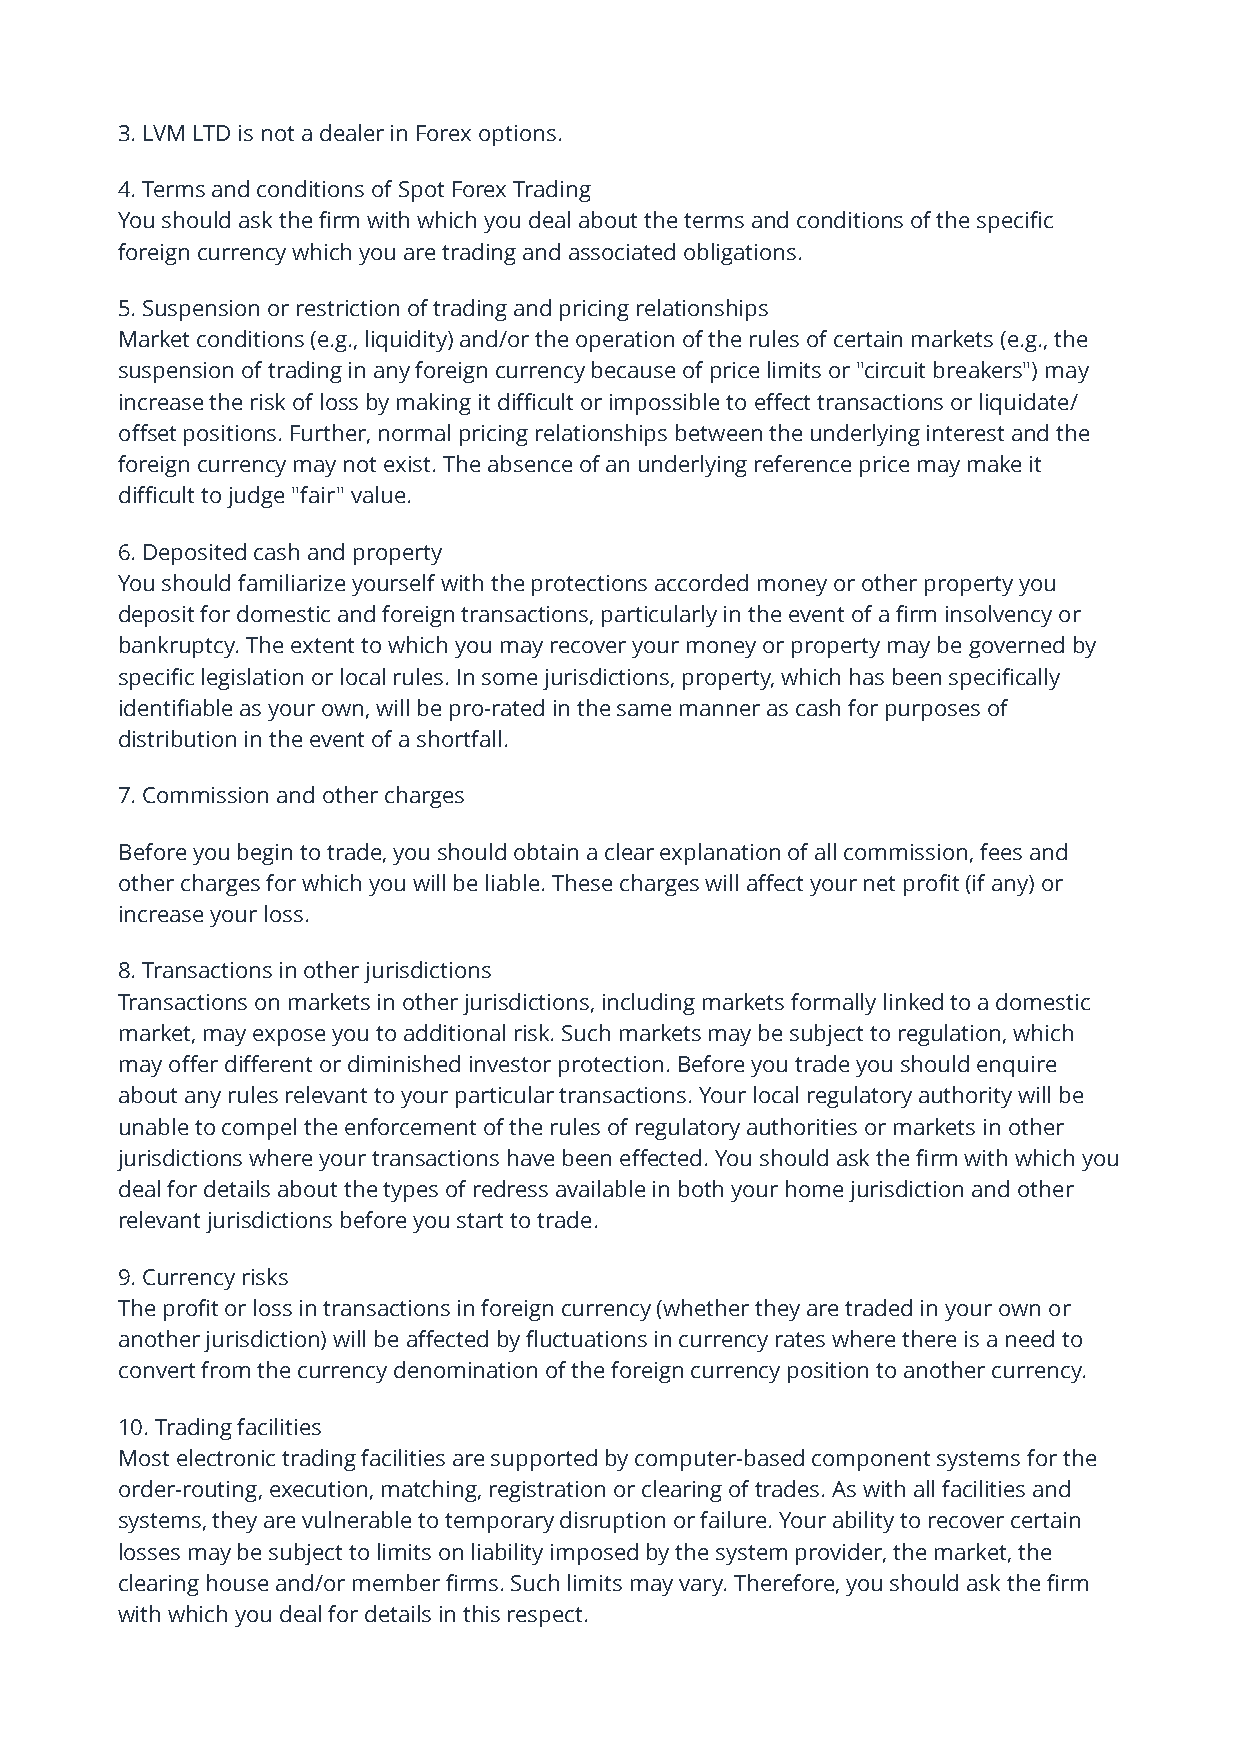
3. LVM LTD is not a dealer in Forex options.
 4. Terms and conditions of Spot Forex Trading
 You should ask the firm with which you deal about the terms and conditions of the specific
 foreign currency which you are trading and associated obligations.
 5. Suspension or restriction of trading and pricing relationships
 Market conditions (e.g., liquidity) and/or the operation of the rules of certain markets (e.g., the
 suspension of trading in any foreign currency because of price limits or "circuit breakers") may
 increase the risk of loss by making it difficult or impossible to effect transactions or liquidate/
 offset positions. Further, normal pricing relationships between the underlying interest and the
 foreign currency may not exist. The absence of an underlying reference price may make it
 difficult to judge "fair" value.
 6. Deposited cash and property
 You should familiarize yourself with the protections accorded money or other property you
 deposit for domestic and foreign transactions, particularly in the event of a firm insolvency or
 bankruptcy. The extent to which you may recover your money or property may be governed by
 specific legislation or local rules. In some jurisdictions, property, which has been specifically
 identifiable as your own, will be pro-rated in the same manner as cash for purposes of
 distribution in the event of a shortfall.
 7. Commission and other charges
 Before you begin to trade, you should obtain a clear explanation of all commission, fees and
 other charges for which you will be liable. These charges will affect your net profit (if any) or
 increase your loss.
 8. Transactions in other jurisdictions
 Transactions on markets in other jurisdictions, including markets formally linked to a domestic
 market, may expose you to additional risk. Such markets may be subject to regulation, which
 may offer different or diminished investor protection. Before you trade you should enquire
 about any rules relevant to your particular transactions. Your local regulatory authority will be
 unable to compel the enforcement of the rules of regulatory authorities or markets in other
 jurisdictions where your transactions have been effected. You should ask the firm with which you
 deal for details about the types of redress available in both your home jurisdiction and other
 relevant jurisdictions before you start to trade.
 9. Currency risks
 The profit or loss in transactions in foreign currency (whether they are traded in your own or
 another jurisdiction) will be affected by fluctuations in currency rates where there is a need to
 convert from the currency denomination of the foreign currency position to another currency.
 10. Trading facilities
 Most electronic trading facilities are supported by computer-based component systems for the
 order-routing, execution, matching, registration or clearing of trades. As with all facilities and
 systems, they are vulnerable to temporary disruption or failure. Your ability to recover certain
 losses may be subject to limits on liability imposed by the system provider, the market, the
 clearing house and/or member firms. Such limits may vary. Therefore, you should ask the firm
 with which you deal for details in this respect.